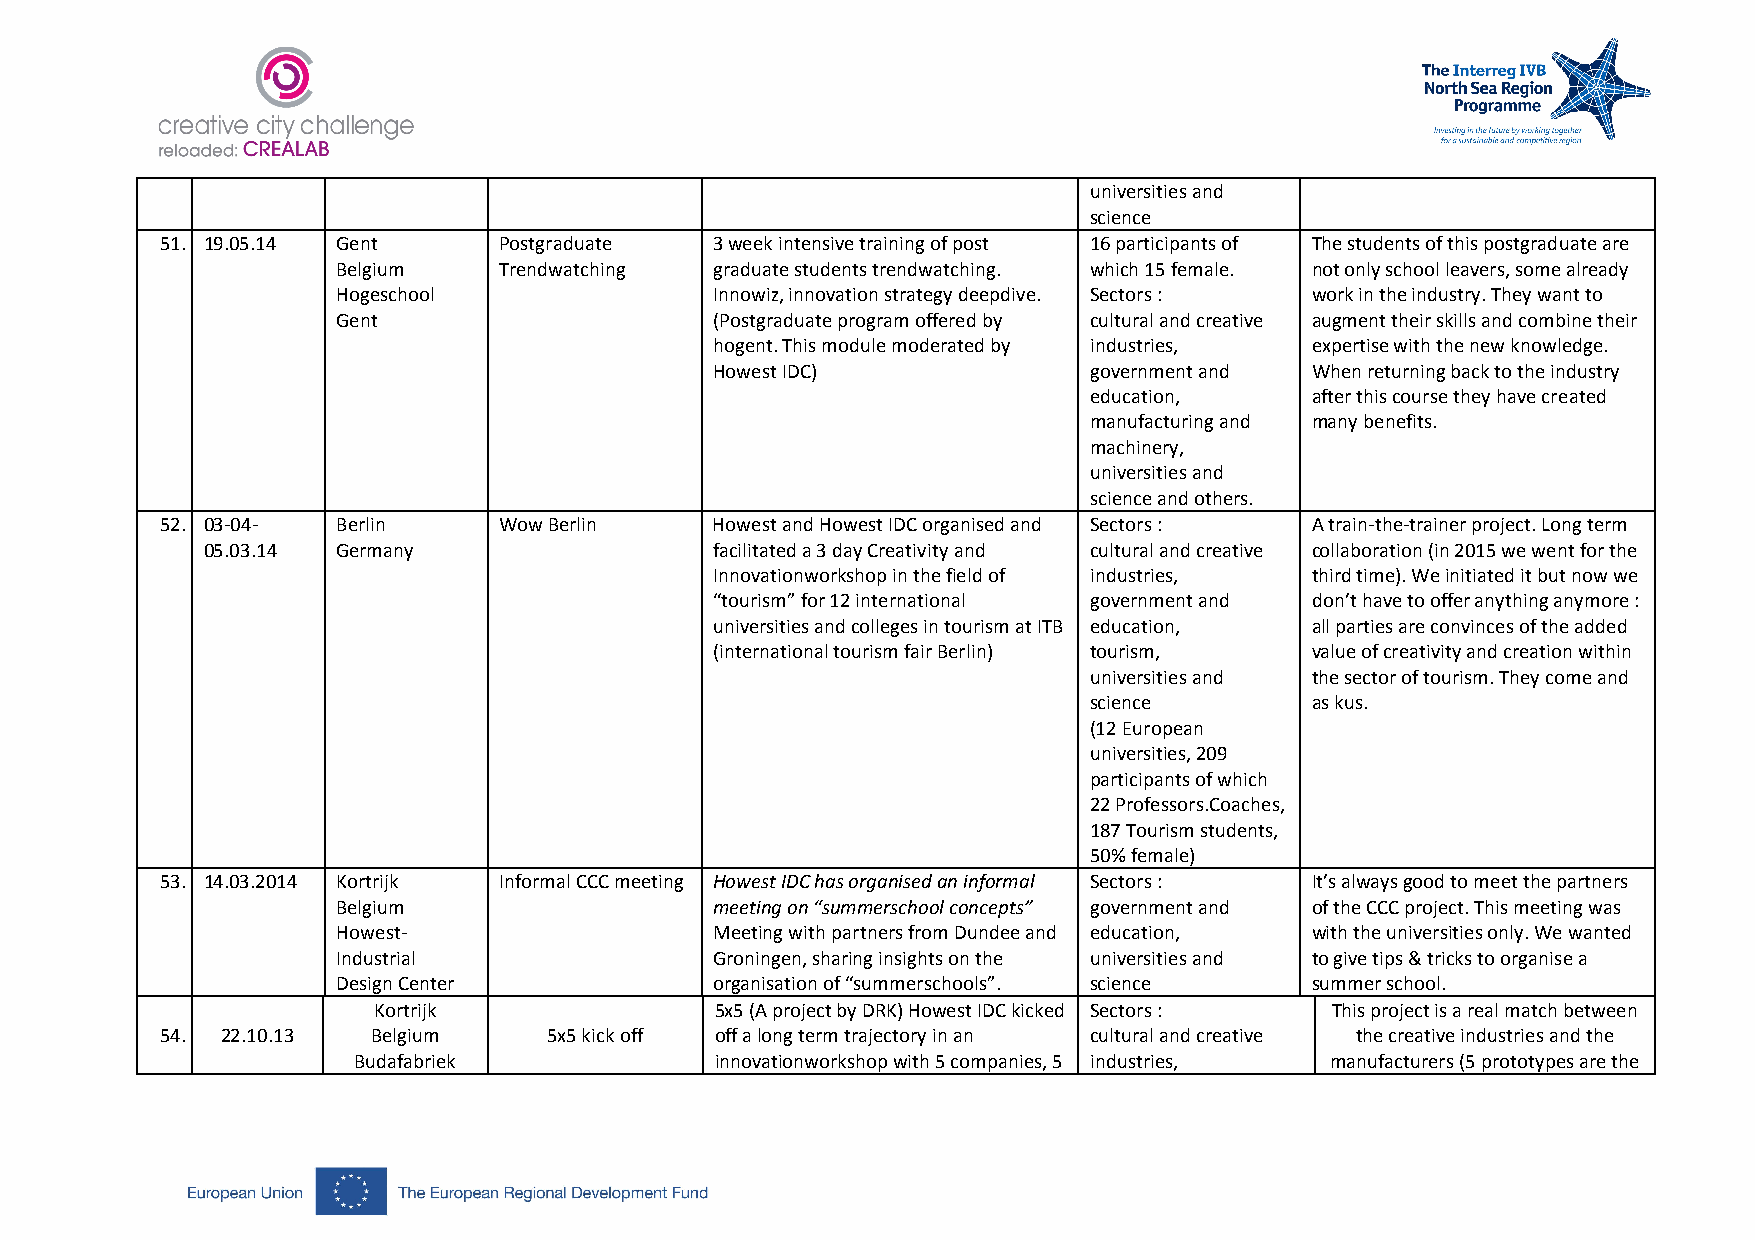
universities and
 science
 51. 19.05.14 Gent     Postgraduate  3 week intensive training of post 16 participants of The students of this postgraduate are
 Belgium    Trendwatching graduate students trendwatching. which 15 female. not only school leavers, some already
 Hogeschool               Innowiz, innovation strategy deepdive. Sectors : work in the industry. They want to
 Gent                     (Postgraduate program offered by cultural and creative augment their skills and combine their
 hogent. This module moderated by industries, expertise with the new knowledge.
 Howest IDC)              government and When returning back to the industry
 education,     after this course they have created
 manufacturing and many benefits.
 machinery,
 universities and
 science and others.
 52. 03-04- Berlin     Wow Berlin    Howest and Howest IDC organised and Sectors : A train-the-trainer project. Long term
 05.03.14 Germany                  facilitated a 3 day Creativity and cultural and creative collaboration (in 2015 we went for the
 Innovationworkshop in the field of industries, third time). We initiated it but now we
 “tourism” for 12 international government and don’t have to offer anything anymore :
 universities and colleges in tourism at ITB education, all parties are convinces of the added
 (international tourism fair Berlin) tourism, value of creativity and creation within
 universities and the sector of tourism. They come and
 science        as kus.
 (12 European
 universities, 209
 participants of which
 22 Professors.Coaches,
 187 Tourism students,
 50% female)
 53. 14.03.2014 Kortrijk Informal CCC meeting Howest IDC has organised an informal Sectors : It’s always good to meet the partners
 Belgium                  meeting on “summerschool concepts” government and of the CCC project. This meeting was
 Howest-                  Meeting with partners from Dundee and education, with the universities only. We wanted
 Industrial               Groningen, sharing insights on the universities and to give tips & tricks to organise a
 Design Center            organisation of “summerschools”. science summer school.
 Kortrijk              5x5 (A project by DRK) Howest IDC kicked Sectors : This project is a real match between
 54. 22.10.13  Belgium    5x5 kick off off a long term trajectory in an cultural and creative the creative industries and the
 Budafabriek             innovationworkshop with 5 companies, 5 industries, manufacturers (5 prototypes are the